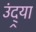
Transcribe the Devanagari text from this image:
उंद्र्या